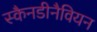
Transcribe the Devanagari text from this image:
स्कैनडीनैवियन